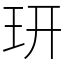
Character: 𤣿